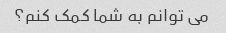
می توانم به شما کمک کنم؟